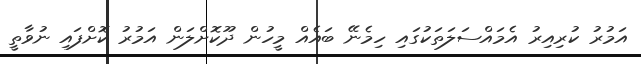
އަމުރު ކުރިއިރު އެމައްސަލަތަކުގައި ހިމެނޭ ބައެއް މީހުން ދޫކޮށްލަން އަމުރު ކޮށްފައި ނުވާތީ